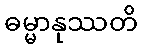
ဓမ္မာနုဿတိ